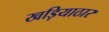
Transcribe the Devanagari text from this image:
खड़ियाठार